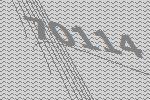
70114